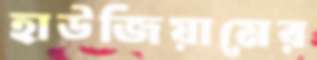
হাউজিয়ামের